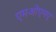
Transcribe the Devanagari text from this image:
एमओएमए